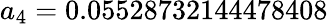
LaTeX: a_{4}=0.05528732144478408